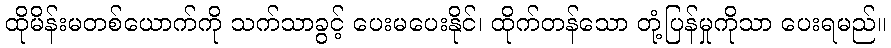
ထိုမိန်းမတစ်ယောက်ကို သက်သာခွင့် ပေးမပေးနိုင်၊ ထိုက်တန်သော တုံ့ပြန်မှုကိုသာ ပေးရမည်။